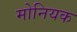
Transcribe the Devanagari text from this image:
मोनियक